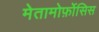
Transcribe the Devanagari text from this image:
मेतामोर्फ़ोसिस